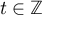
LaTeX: t \in \mathbb { Z }